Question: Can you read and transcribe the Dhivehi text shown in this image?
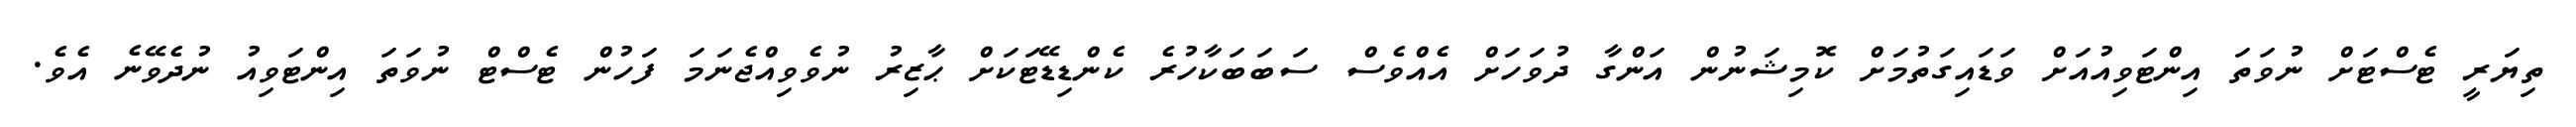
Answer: ތިޔަރީ ޓެސްޓަށް ނުވަތަ އިންޓަވިއުއަށް ވަޑައިގަތުމަށް ކޮމިޝަނުން އަންގާ ދުވަހަށް އެއްވެސް ސަބަބަކާހުރެ ކެންޑިޑޭޓަކަށް ޙާޒިރު ނުވެވިއްޖެނަމަ ފަހުން ޓެސްޓް ނުވަތަ އިންޓަވިއު ނުދެވޭނެ އެވެ.